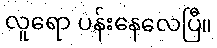
လူရော ပန်းနေလေပြီ။